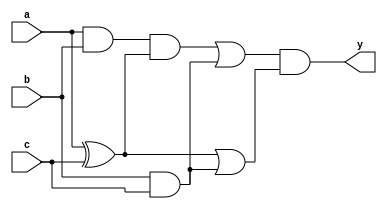
module top(a, b, c, y);
  input a, b, c;
  output y;
  and g7 (g7, a, b);
  xor g8 (g8, a, c);
  and g9 (g9, b, c);
  and g10 (g10, g7, g8);
  or g11 (g11, g10, g9);
  or g12 (g12, g8, g9);
  and y (y, g11, g12);
endmodule